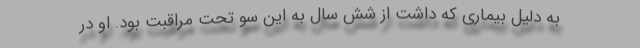
به دلیل بیماری که داشت از شش سال به این سو تحت مراقبت بود. او در